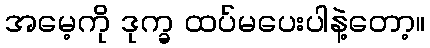
အမေ့ကို ဒုက္ခ ထပ်မပေးပါနဲ့တော့။